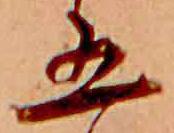
五